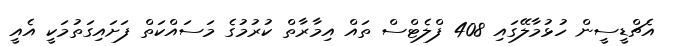
އެޗްޑީސީން ހުޅުމާލޭގައި 408 ފްލެޓްސް ތައް އިމާރާތް ކުރުމުގެ މަސައްކަތް ފަށައިގަތުމަކީ އެއީ